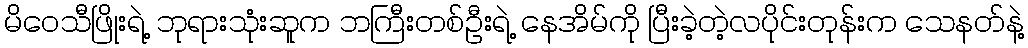
မိဝေသီဖြိုးရဲ့ ဘုရားသုံးဆူက ဘကြီးတစ်ဦးရဲ့ နေအိမ်ကို ပြီးခဲ့တဲ့လပိုင်းတုန်းက သေနတ်နဲ့